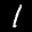
Label: 1